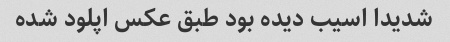
شدیدا اسیب دیده بود طبق عکس اپلود شده